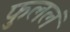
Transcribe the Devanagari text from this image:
फुललं